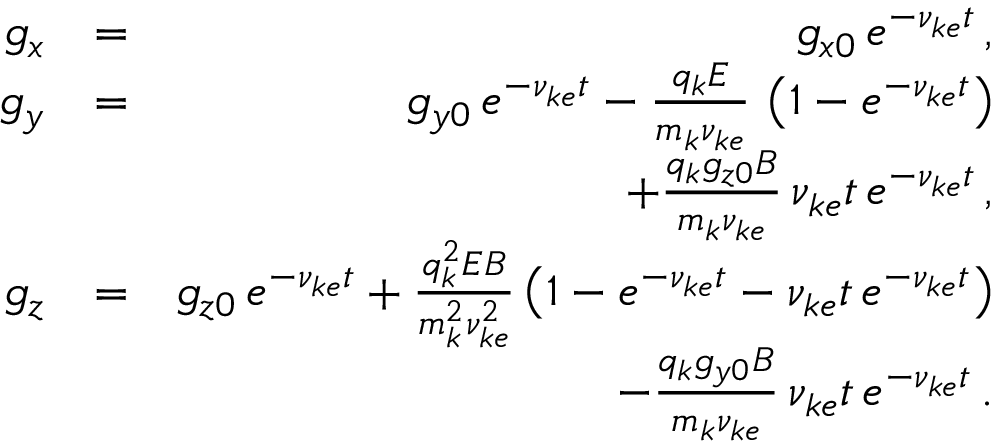
\begin{array} { r l r } { g _ { x } } & { = } & { g _ { x 0 } \, e ^ { - \nu _ { k e } t } \, , } \\ { g _ { y } } & { = } & { g _ { y 0 } \, e ^ { - \nu _ { k e } t } - \frac { q _ { k } E } { m _ { k } \nu _ { k e } } \, \left( 1 - e ^ { - \nu _ { k e } t } \right) } \\ & { } & { + \frac { q _ { k } g _ { z 0 } B } { m _ { k } \nu _ { k e } } \, \nu _ { k e } t \, e ^ { - \nu _ { k e } t } \, , } \\ { g _ { z } } & { = } & { g _ { z 0 } \, e ^ { - \nu _ { k e } t } + \frac { q _ { k } ^ { 2 } E B } { m _ { k } ^ { 2 } \nu _ { k e } ^ { 2 } } \left( 1 - e ^ { - \nu _ { k e } t } - \nu _ { k e } t \, e ^ { - \nu _ { k e } t } \right) } \\ & { } & { - \frac { q _ { k } g _ { y 0 } B } { m _ { k } \nu _ { k e } } \, \nu _ { k e } t \, e ^ { - \nu _ { k e } t } \, . } \end{array}